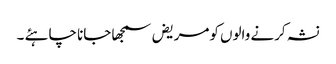
نشہ کرنے والوں کومریض سمجھا جانا چاہئے ۔